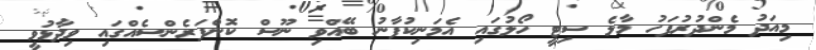
މިއަދު މެންދުރުފަހު މާލެ ސިޓީ ހޯލުގައި އެމަނިކުފާނު ބޭއްވި ނޫސް ކޮންފަރެންސެއްގައި ވިދާޅުވީ